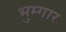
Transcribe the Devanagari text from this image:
भुम्गार